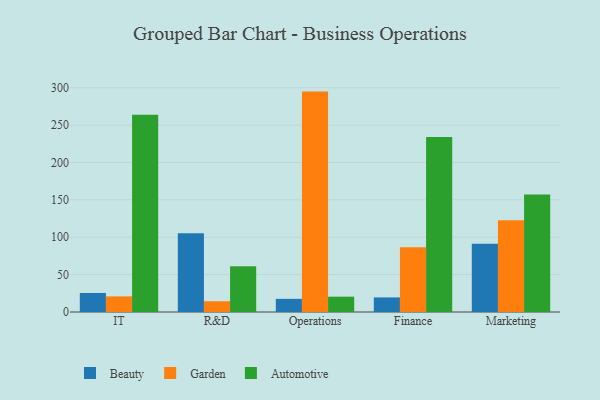
{"axis": {"x": "Department", "y": "Revenue (USD Million)"}, "legend": ["Automotive", "Beauty", "Garden"], "data": [{"x": "IT", "y": 25.5, "type": "Beauty"}, {"x": "IT", "y": 20.9, "type": "Garden"}, {"x": "IT", "y": 263.9, "type": "Automotive"}, {"x": "R&D", "y": 105.5, "type": "Beauty"}, {"x": "R&D", "y": 14.4, "type": "Garden"}, {"x": "R&D", "y": 61.1, "type": "Automotive"}, {"x": "Operations", "y": 17.6, "type": "Beauty"}, {"x": "Operations", "y": 294.9, "type": "Garden"}, {"x": "Operations", "y": 20.5, "type": "Automotive"}, {"x": "Finance", "y": 19.5, "type": "Beauty"}, {"x": "Finance", "y": 86.8, "type": "Garden"}, {"x": "Finance", "y": 234.3, "type": "Automotive"}, {"x": "Marketing", "y": 91.2, "type": "Beauty"}, {"x": "Marketing", "y": 122.7, "type": "Garden"}, {"x": "Marketing", "y": 157.1, "type": "Automotive"}]}